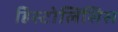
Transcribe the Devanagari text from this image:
हिस्टोलिसिस